Subject: stat
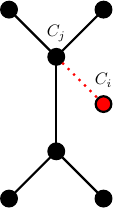
LaTeX code:
     \begin{tikzpicture}[scale=0.6,transform shape, thick]
      \node[circle,draw, fill=black ] (a) at(0,0){};
      \node[circle,draw,fill=black] (b) at(2,0){};
      \node[circle,draw, fill=black] (c) at(1,1){};
      \node[circle,draw, fill=black] (d) at(1,3){};
      \node[] (dd) at(1,3.5){\(C_{j}\)};
      \node[circle,draw, fill=red] (g) at(2,2){};
      \node[] (gg) at(2,2.5){\(C_{i}\)};

      \node[circle,draw, fill=black] (e) at(0,4){};
      \node[circle,draw,fill=black] (f) at(2,4){};

      \draw[black] (a) --(c) -- (b);
      \draw (c) --(d);
      \draw[black] (d) --(e);
      \draw[black] (d) -- (f);
      \draw[dotted, red] (d) -- (g);
      \draw[] (8, 1) -- (8,1);
    \end{tikzpicture}